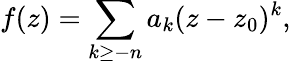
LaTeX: f(z)=\sum_{k\geq-n}a_{k}(z-z_{0})^{k},